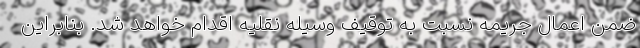
ضمن اعمال جریمه نسبت به توقیف وسیله نقلیه اقدام خواهد شد. بنابراین